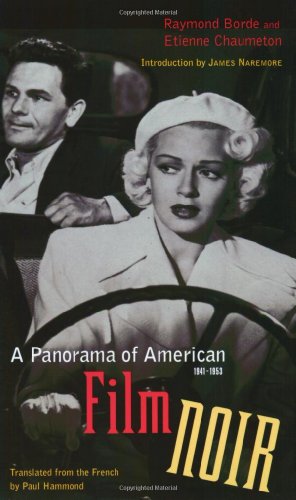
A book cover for A Panorama of American Film Noir (1941-1953); Raymond Borde; Humor & Entertainment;